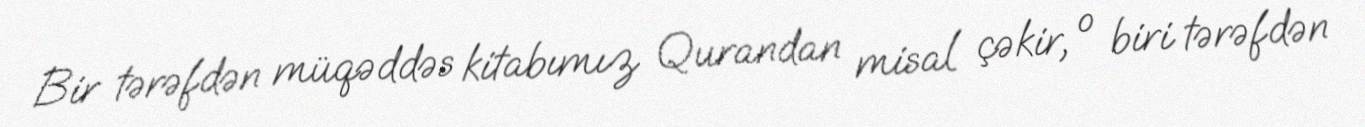
Bir tərəfdən müqəddəs kitabımız Qurandan misal çəkir, o biri tərəfdən